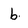
Character: b